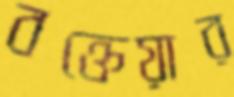
বক্তেয়ার